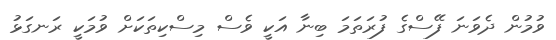
ވުމުން ދެވަނަ ފޭސްގެ ފުރަތަމަ ބިނާ އަކީ ވެސް މިސްކިތަކަށް ވުމަކީ ރަނގަޅު